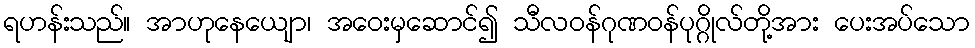
ရဟန်းသည်။ အာဟုနေယျော၊ အဝေးမှဆောင်၍ သီလဝန်ဂုဏဝန်ပုဂ္ဂိုလ်တို့အား ပေးအပ်သော